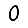
Digit: 0